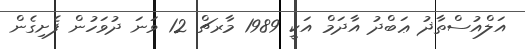
އަލްއުސްތާޛު ޢަބްދު އާދަމް އަކީ 1989 މާރޗް 12 ވަނަ ދުވަހުން ފެށިގެން